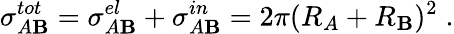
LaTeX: \sigma_{A\mathbf{B}}^{tot}=\sigma_{A\mathbf{B}}^{el}+\sigma_{A\mathbf{B}}^{in}=2\pi(R_{A}+R_{\mathbf{B}})^{2}\; .